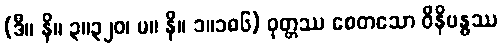
(ဒီ။ နိ။ ၃။၃၂၀၊ မ။ နိ။ ၁။၁၈၆) ဝုတ္တဿ စေတသော ဝိနိဗန္ဓဿ